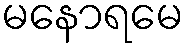
မနောရမေ